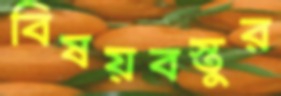
বিষয়বস্তুর